Document type: Testament
Year: 1362
Scribe: Berenguer Vergós
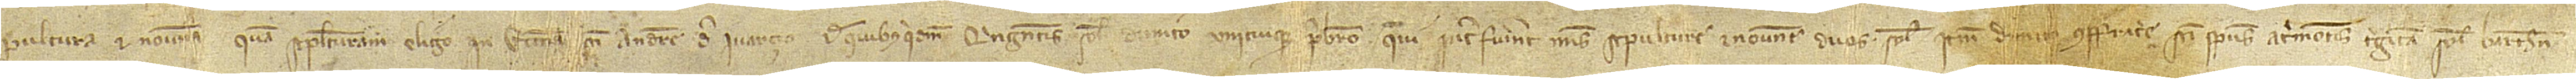
pultura et novena. Quam sepulturam eligo in ecclesia Sancti Andree de Ivarçio. De quibusquidem quingentis solidis dimito unicuique presbitero qui interfuerint meis sepulture et novene duos solidos. Item, dimito confratrie Sancti Spiritus Acrimontis triginta solidos Barchinone;